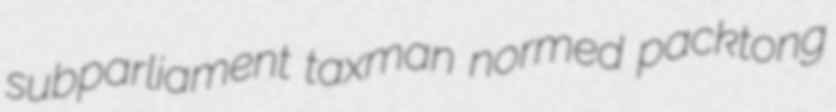
subparliament taxman normed packtong